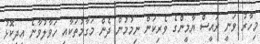
މިހާރު ވަނީ ރައީސް ޔާމީންގެ ވެރިކަން ނިމުމުން ދެން މަގާމުތަކާއި ހަވާލުވާނެ އިދިކޮޅު